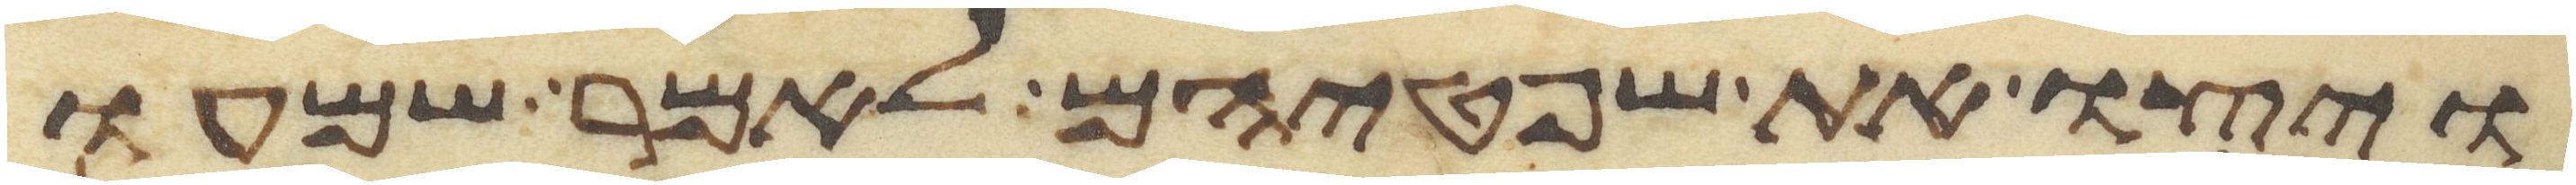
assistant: ויצו את שפטיהם לאמר שמעו